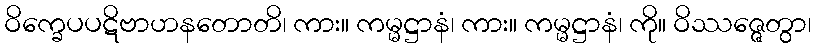
ဝိက္ခေပပဋိဗာဟနတောတိ၊ ကား။ ကမ္မဋ္ဌာနံ၊ ကား။ ကမ္မဋ္ဌာနံ၊ ကို။ ဝိဿဇ္ဇေတွာ၊